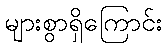
များစွာရှိကြောင်း